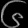
Digit: ၆